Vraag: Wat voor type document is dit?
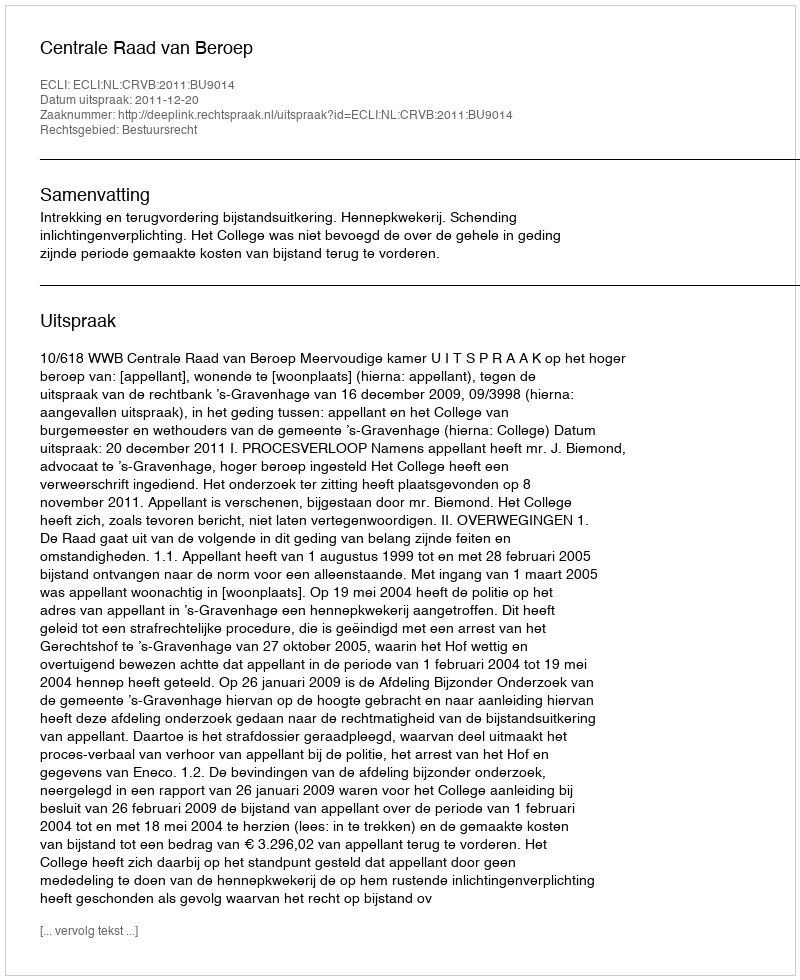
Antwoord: Uitspraak